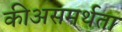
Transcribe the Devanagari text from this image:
कीअसमर्थता